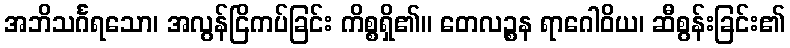
အဘိသင်္ဂရသော၊ အလွန်ငြိကပ်ခြင်း ကိစ္စရှိ၏။ တေလဉ္စန ရာဂေါဝိယ၊ ဆီစွန်းခြင်း၏